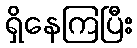
ရှိနေကြပြီး